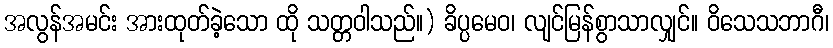
အလွန်အမင်း အားထုတ်ခဲ့သော ထို သတ္တဝါသည်။) ခိပ္ပမေဝ၊ လျင်မြန်စွာသာလျှင်။ ဝိသေသဘာဂီ၊